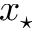
x _ { \star }